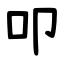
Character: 叩